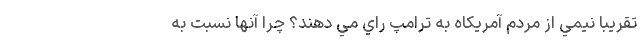
تقريبا نيمي از مردم آمريكاه به ترامپ راي مي دهند؟ چرا آنها نسبت به